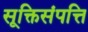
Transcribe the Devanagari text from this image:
सूक्तिसंपत्ति